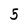
Character: 5